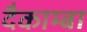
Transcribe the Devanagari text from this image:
दैकाम्बा